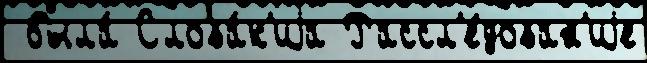
 была́ Слова́к'иjа Рассл'е́дован'иjе